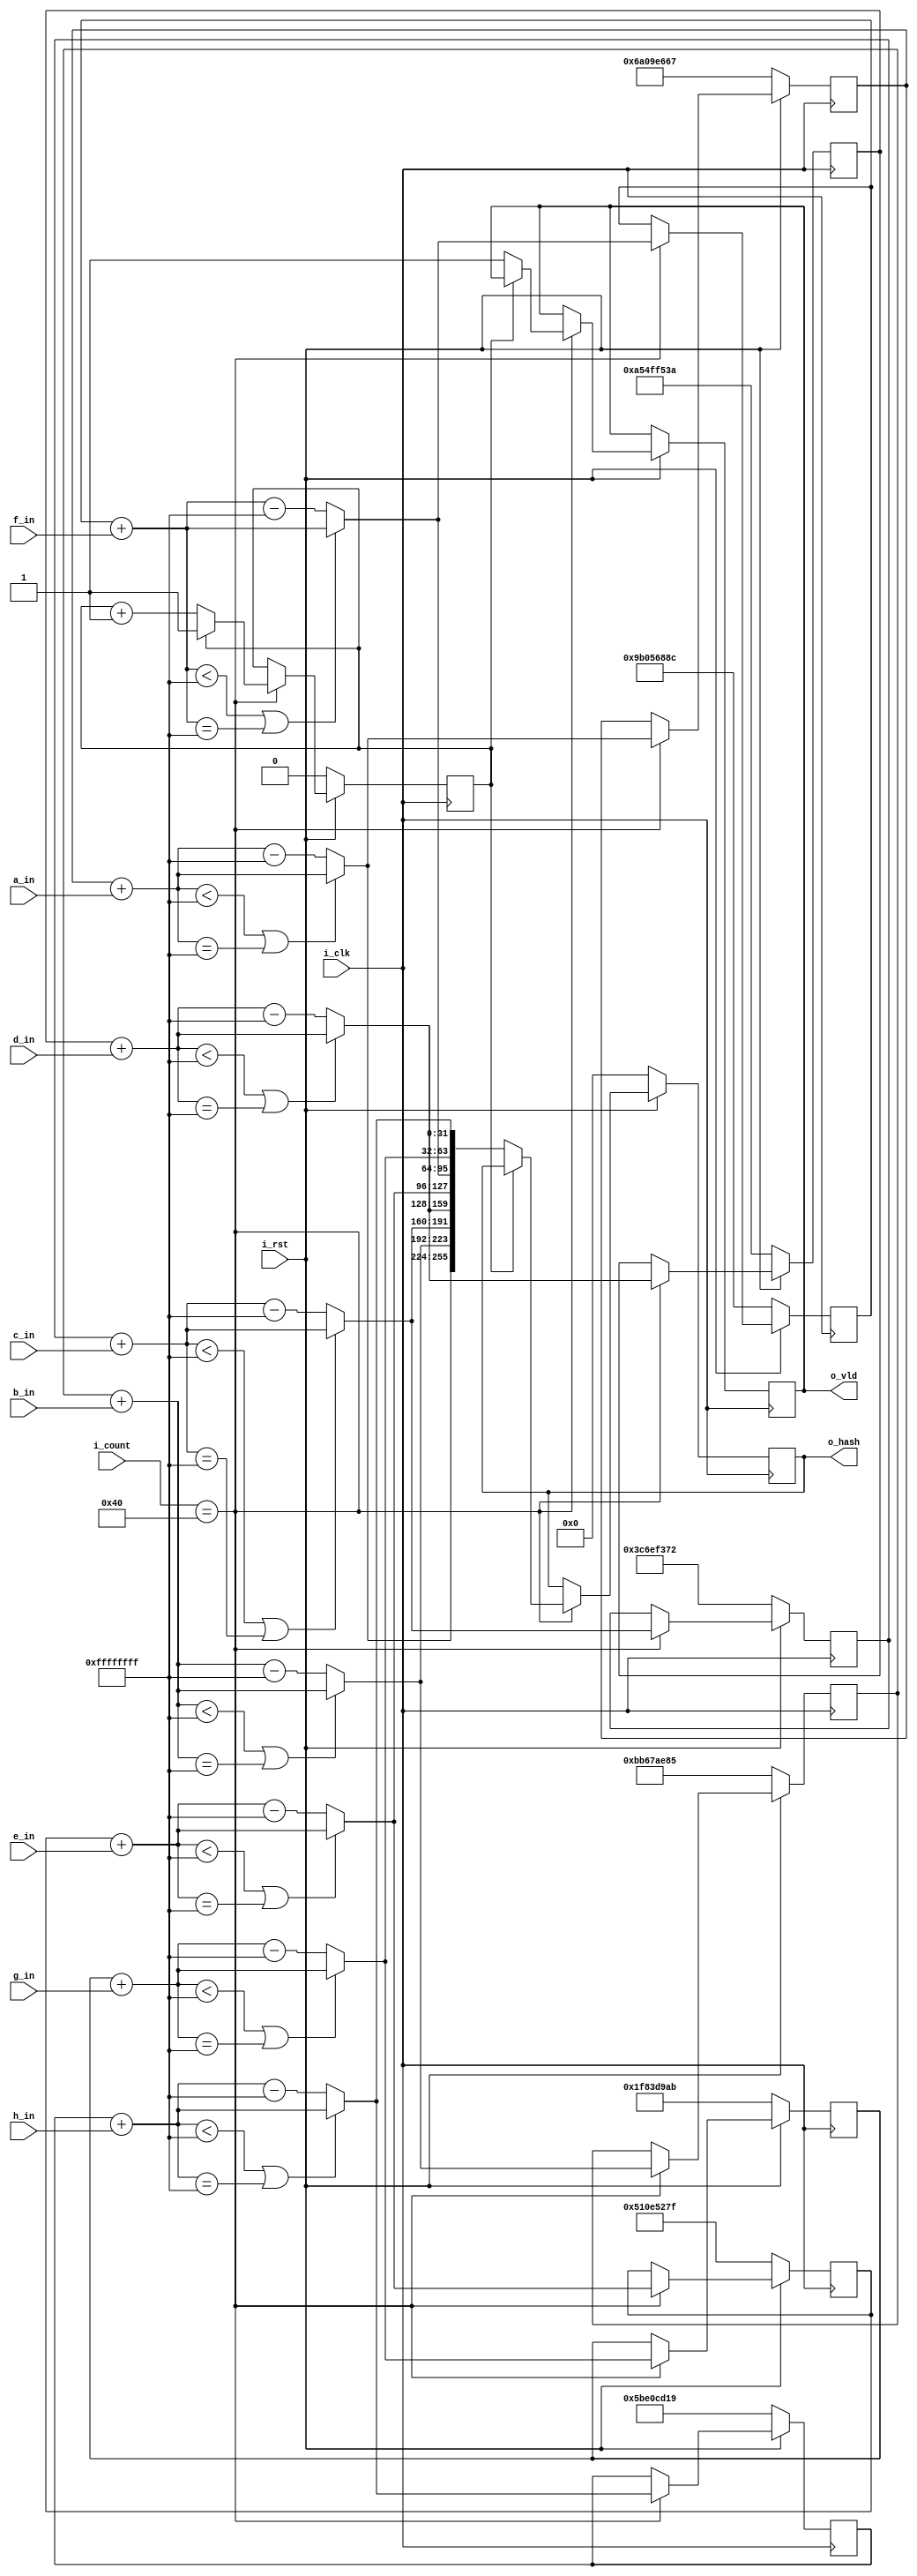
module m_digest(i_clk,i_rst,i_count,a_in,b_in,c_in,d_in,e_in,f_in,g_in,h_in,o_hash,o_vld);

input i_clk,i_rst;
input [6:0] i_count; //1-64 itterations
input [31:0] a_in,b_in,c_in,d_in,e_in,f_in,g_in,h_in;

output reg o_vld=0;
output reg [255:0] o_hash;

reg temp_delay;

reg [31:0] H0 ;
reg [31:0] H1 ;
reg [31:0] H2 ;
reg [31:0] H3 ;
reg [31:0] H4 ;
reg [31:0] H5 ;
reg [31:0] H6 ;
reg [31:0] H7 ;

reg [31:0] temp_H0;
reg [31:0] temp_H1;
reg [31:0] temp_H2;
reg [31:0] temp_H3;
reg [31:0] temp_H4;
reg [31:0] temp_H5;
reg [31:0] temp_H6;
reg [31:0] temp_H7;


always@(posedge i_clk)
begin
	if(i_rst==0)
	begin
	temp_delay=1'b0;
	o_hash=256'd0;

	H0=32'h6a09e667;
	H1=32'hbb67ae85;
	H2=32'h3c6ef372;
	H3=32'ha54ff53a;
	H4=32'h510e527f;
	H5=32'h9b05688c;
	H6=32'h1f83d9ab;
	H7=32'h5be0cd19;

	temp_H0=32'd0;
	temp_H1=32'd0;
	temp_H2=32'd0;
	temp_H3=32'd0;
	temp_H4=32'd0;
	temp_H5=32'd0;
	temp_H6=32'd0;
	temp_H7=32'd0;

	o_hash=256'd0;
end
else
begin
	if(i_count==7'd64) //only add for 1 time for 1 512_block
	 begin//32'bit modulo adder
	 temp_H0=H0+a_in;
	 if(temp_H0<32'hFFFFFFFF || temp_H0==32'hFFFFFFFF)H0=temp_H0;
	 else H0=temp_H0-32'hFFFFFFFF;
	 
	 temp_H1=H1+b_in;
	 if(temp_H1<32'hFFFFFFFF || temp_H1==32'hFFFFFFFF)H1=temp_H1;
	 else H1=temp_H1-32'hFFFFFFFF;
	 
	 temp_H2=H2+c_in;
	 if(temp_H2<32'hFFFFFFFF || temp_H2==32'hFFFFFFFF)H2=temp_H2;
	 else H2=temp_H2-32'hFFFFFFFF;
	 
	 temp_H3=H3+d_in;
	 if(temp_H3<32'hFFFFFFFF || temp_H3==32'hFFFFFFFF)H3=temp_H3;
	 else H3=temp_H3-32'hFFFFFFFF;
	 
	 temp_H4=H4+e_in;
	 if(temp_H4<32'hFFFFFFFF || temp_H4==32'hFFFFFFFF)H4=temp_H4;
	 else H4=temp_H4-32'hFFFFFFFF;
	 
	 temp_H5=H5+f_in;
	 if(temp_H5<32'hFFFFFFFF || temp_H5==32'hFFFFFFFF)H5=temp_H5;
	 else H5=temp_H5-32'hFFFFFFFF;
	 
	 temp_H6=H6+g_in;
	 if(temp_H6<32'hFFFFFFFF || temp_H6==32'hFFFFFFFF)H6=temp_H6;
	 else H6=temp_H6-32'hFFFFFFFF;
	 
	 temp_H7=H7+h_in;
	 if(temp_H7<32'hFFFFFFFF || temp_H7==32'hFFFFFFFF)H7=temp_H7;
	 else H7=temp_H7-32'hFFFFFFFF;
	 if(temp_delay==0)
	 begin
	 temp_delay=temp_delay+1'd1;
	 o_hash={H0,H1,H2,H3,H4,H5,H6,H7};
	 o_vld=1;
	 end
	 end
	end
end
endmodule